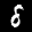
Label: 8